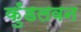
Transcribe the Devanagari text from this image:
कुँडलवन